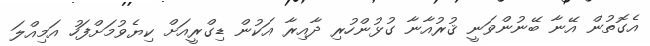
އެގޮތުން އޭނާ ބޭނުންވަނީ ޤުރުއާނާ ގުޅުންހުރި ދާއިރާ އަކުން ޑިގްރީއަށް ކިޔެވުމަށްފަހު އަމިއްލަ